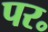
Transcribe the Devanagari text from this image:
पर॰